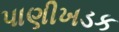
પાણીખડક